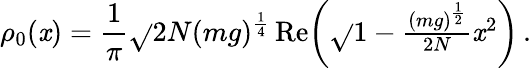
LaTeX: \rho_{0}(\mathit{x})=\frac{{1}}{{\pi}}\sqrt{}{{2N}}(mg)^{\frac{{1}}{{4}}}\, \mathrm{{Re}}\! \left(\sqrt{}{{1-\textstyle{\frac{{(mg)^{\frac{{1}}{{2}}}}}{{2N}}}\mathit{x}^{2}}}\right)\, .